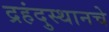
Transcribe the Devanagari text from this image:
द्रहंदुस्थानचे